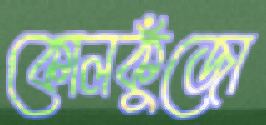
কোলকুুঁজো